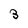
Character: 3